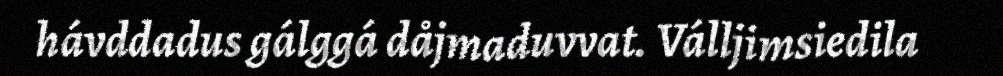
hávddadus gálggá dåjmaduvvat. Válljimsiedila